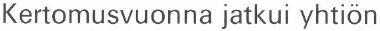
Kertomusvuonna jatkui yhtiön